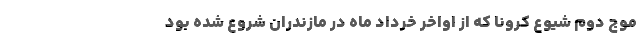
موج دوم شیوع کرونا که از اواخر خرداد ماه در مازندران شروع شده بود